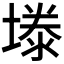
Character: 𪤉